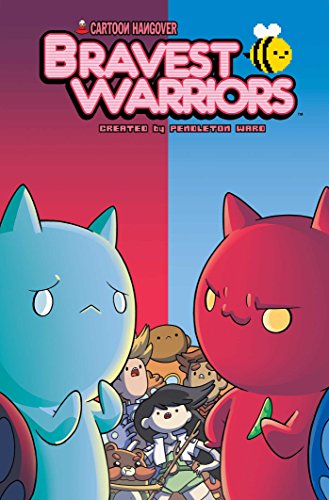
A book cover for Bravest Warriors Vol. 7; Kate Leth; Children's Books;